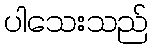
ပါသေးသည်